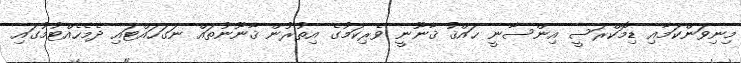
މިނިވަންކަމާއި ޑިމޮކްރަސީ އިންސާނީ ޙައްޤު ޤާނޫނީ ވެރިކަމުގެ އިތުރުން ޤާނޫނުތައް ނަގަހައްޓައި ދެމެހެއްޓުމުގައި